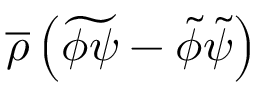
{ \overline { { \rho } } } \left( { \widetilde { \phi \psi } } - { \tilde { \phi } } { \tilde { \psi } } \right)